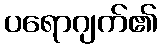
ပရောဂျက်၏